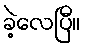
ခဲ့လေပြီ။